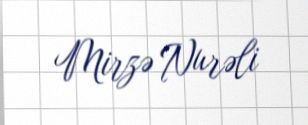
Mirzə Nurəli